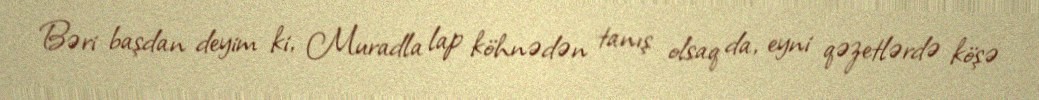
Bəri başdan deyim ki, Muradla lap köhnədən tanış olsaq da, eyni qəzetlərdə köşə